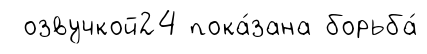
озвучкой24 пока́зана борьба́